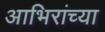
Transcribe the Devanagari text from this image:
आभिरांच्या